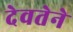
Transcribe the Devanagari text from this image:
देवतेने